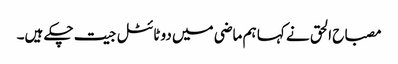
مصباح الحق نے کہا ہم ماضی میں دو ٹائٹل جیت چکے ہیں۔